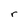
Character: r